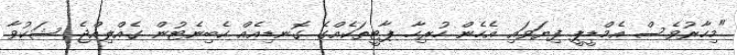
"މިހާރުވެސް އެމްޑީޕީ ފިޔަވައި އެހެން ހުރިހާ ޕާޓީތަކެއްގެ ގޮނޑިއެއް ކެބިނެޓުން ގެއްލިއްޖެ. ޝަކުވާ